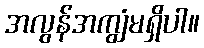
အလွန်အကျွံမရှိပါ။